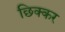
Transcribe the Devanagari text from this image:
छिक्कर